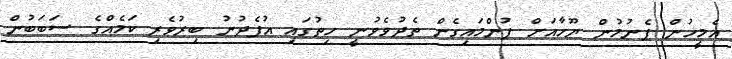
އެމީހުން ފެނުމުން ޔޫހާއަށް ފުންމައިގެން ތެދުވެވުނީ ހިތުގައި އުފެދުނު ބިރުވެރި ކަމެއްގެ ސަބަބުން